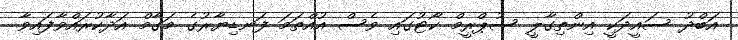
އަބްދު ސައީދަކީ އިންތިގާލީ ސުޕްރީމް ކޯޓުގައި ވެސް އުއްތަމަ ފަނޑިޔާރުގެ މަގާމް އަދާކުރައްވާފައިވާ